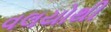
વલયોથી